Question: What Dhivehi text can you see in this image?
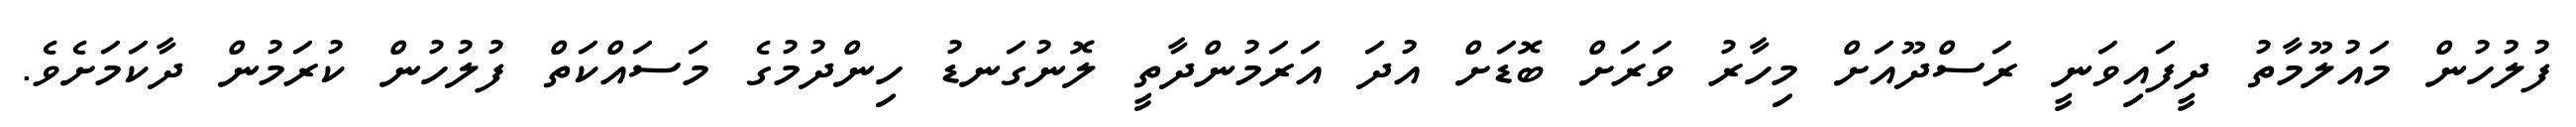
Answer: ފުލުހުން މައުލޫމާތު ދީފައިވަނީ ރަސްދޫއަށް މިހާރު ވަރަށް ބޮޑަށް އުދަ އަރަމުންދާތީ ލޮނުގަނޑު ހިންދުމުގެ މަސައްކަތް ފުލުހުން ކުރަމުން ދާކަމަށެވެ.